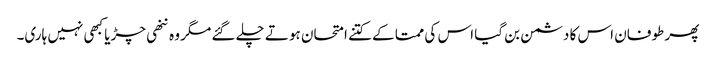
پھر طوفان اس کا دشمن بن گیا اس کی ممتا کے کتنے امتحان ہوتے چلے گئے مگر وہ ننھی چڑیا کبھی نہیں ہاری۔